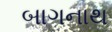
બાગનાથ